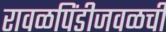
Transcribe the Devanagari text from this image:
रावळपिंडीजवळची